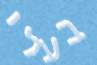
בעלי